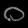
Digit: ၀